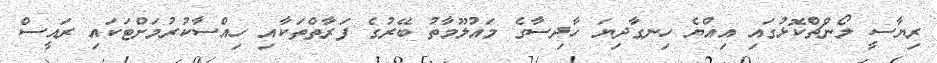
ރިޔާސީ ލޯންޗްކޮޅުގައި އިއްޔެ ހިނގާދިޔަ ހާދިސާގެ މައުލޫމާތު ބޭރުގެ ފަރާތްތަކާއި ހިއްސާކުރުމަށްޓަކައި ރައީސް